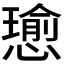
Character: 𢢭